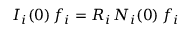
I _ { i } ( 0 ) \, f _ { i } = R _ { i } \, N _ { i } ( 0 ) \, f _ { i }